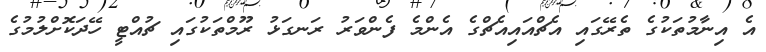
އެ އިނާމުތަކުގެ ތެރޭގައި އެޗްއައިއެޗްގެ އެންމެ ފެންވަރު ރަނގަޅު ރޫމްތަކުގައި ޗުއްޓީ ހޭދަކޮށްލުމުގެ